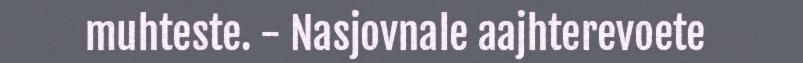
muhteste. - Nasjovnale aajhterevoete